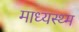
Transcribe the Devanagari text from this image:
माध्यस्थ्म